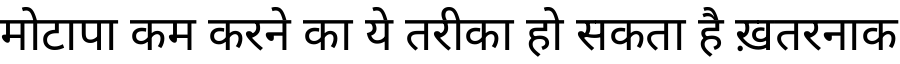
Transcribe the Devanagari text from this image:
मोटापा कम करने का ये तरीका हो सकता है ख़तरनाक